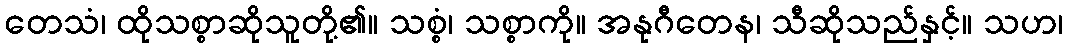
တေသံ၊ ထိုသစ္စာဆိုသူတို့၏။ သစ္စံ၊ သစ္စာကို။ အနုဂီတေန၊ သီဆိုသည်နှင့်။ သဟ၊